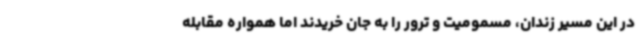
در این مسیر زندان، مسمومیت و ترور را به جان خریدند اما همواره مقابله